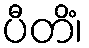
ပီတိံ၊